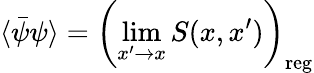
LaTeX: \langle\bar{\psi}\psi\rangle=\left(\operatorname*{lim}_{x^{\prime}\rightarrow x}S(x,x^{\prime})\right)_{\mathrm{reg}}